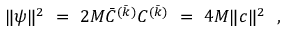
\| \psi \| ^ { 2 } ~ = ~ 2 M { \bar { \cal C } } ^ { ( \bar { k } ) } { \cal C } ^ { ( \bar { k } ) } ~ = ~ 4 M \| c \| ^ { 2 } \ \ ,